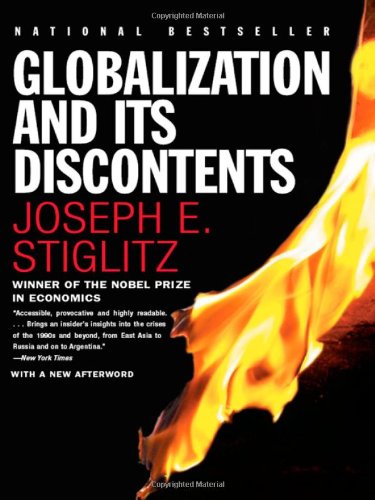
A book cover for Globalization and Its Discontents (Norton Paperback); Joseph E. Stiglitz; Business & Money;